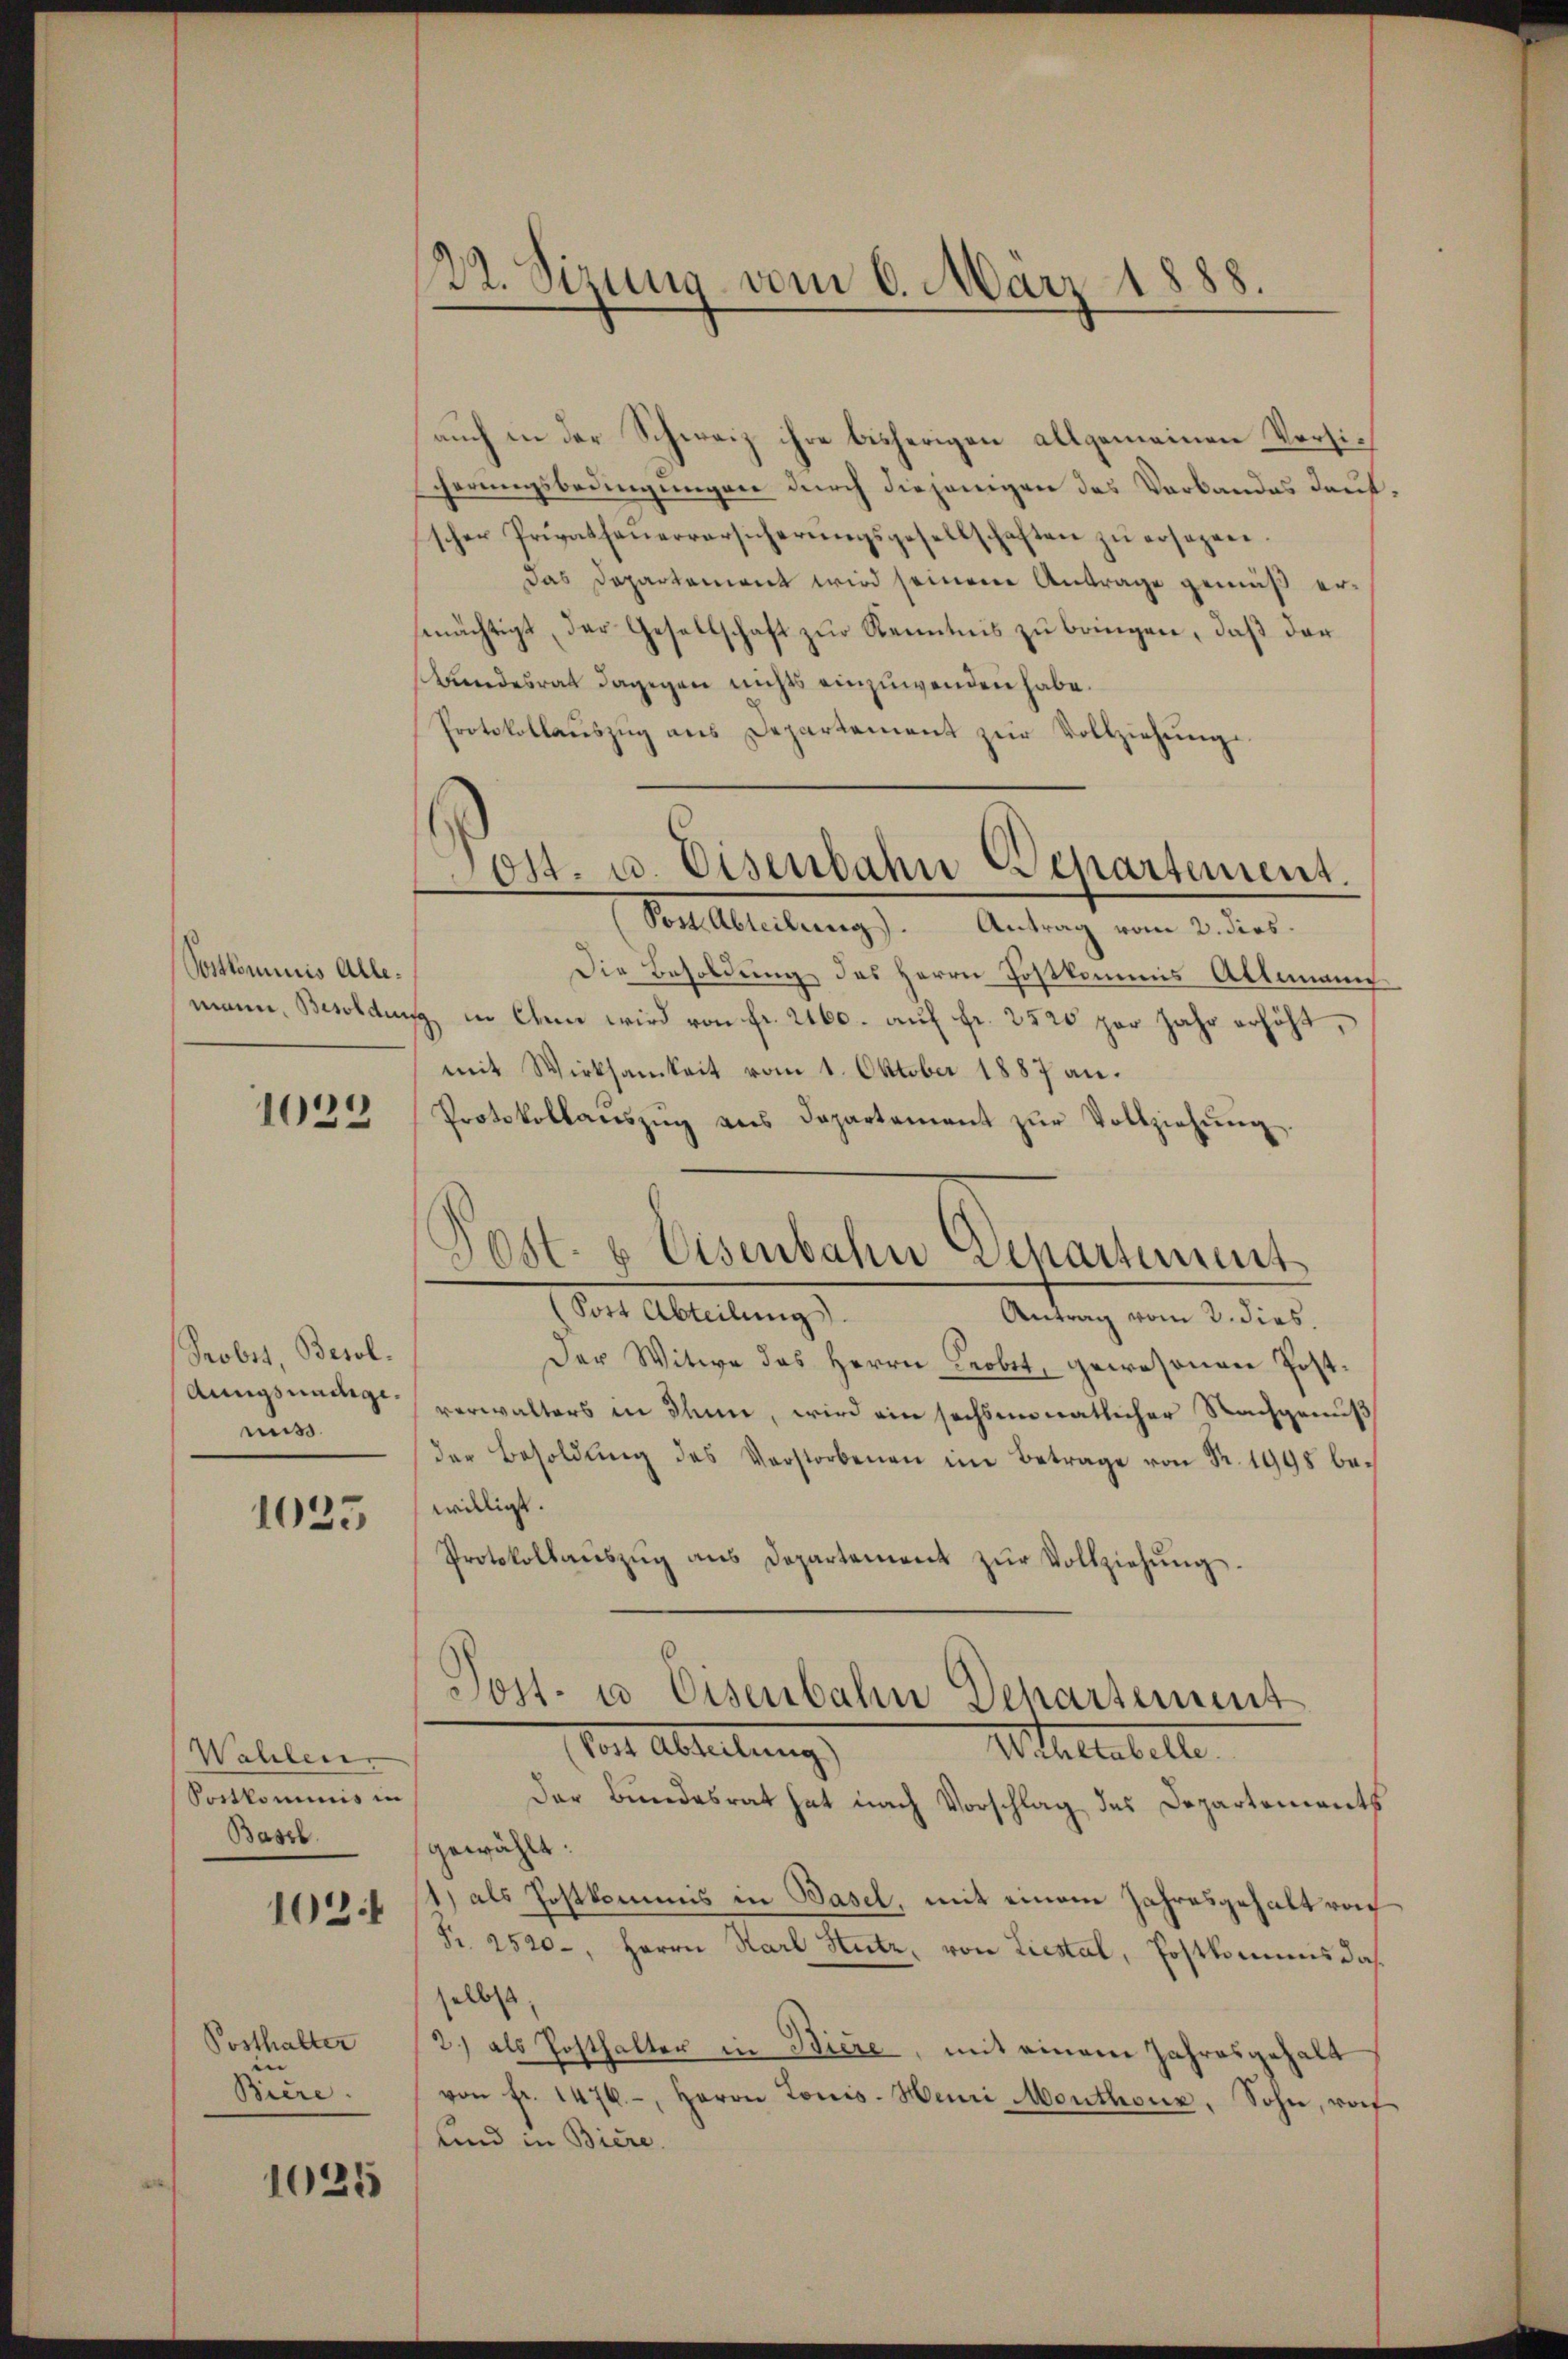
Postkommnis Alle.

1022

Probst, Besol¬
Aungnadige.
mis.

1035

Wahlen
Portkommnis in
Bassb
102

Posthalter
i |
Biere.

1025

22. Sizung vom 6. März 1888.

auch in der Schweiz ihre bisherigen allgemeinen Versiherungsbedingungen durch diejenigen das Verbandes Kaufscher Privatfeŭerversicherŭngsgesellschaften zŭ ersagen.
Das Departement wird seinere Antrage gemäß ermnächtigt, der Gesellschaft zur Kenntnis zu bringen, daß der
Bundesrat dagegen nichts einzuwenden habe.
Protokollaŭszŭg ans Departement zur Vollziehung.
Post Abteilung). Antrag vom 2. dies.
Die Besoldung des Herrn Postkommis Allemann
mann, Besoldung in Ehren wird von fr. 2160. auf fr. 2520 per Jahr erhöht,
mit Wirksamkeit vom 1. Oktober 1887 an.
Protokollanszŭg ans Departement zŭr Vollziehŭng
e
Post Abteilung.
Antrag vom 3. dies.
Der Witwe des Herrn Leobet, gewesenen Postverwalters in dem, wird ein sechsmonatlicher Nachgenuß
der Besoldŭng des Verstorbenen im Betrage von Fr. 1998 be-
willigt.
Protokollaŭszŭg aŭs Departement zŭr Vollziehŭng.
Post- u Eisenbahn Dehartement
Tor Abteilung
Nottestelle
der Bundesrat hat nach Vorschlag des Departements
gewählt:
1) als Postkommis in Basel, mit einem Jahresgehalt von
Pr. 2520-, Herrn Karl Hutz, von Liestal, Postkommis dasselbst,
2) als Posthalter in Biere, mit einem Jahresgehalt
von fr. 1476.-, Herrn Tonis. Henri Monthonz, Sohn, wof
und in Biere.

Tott. u. Eisenbahn Departement.

Post- & Eisenbahn denartement